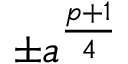
\pm a ^ { \frac { p + 1 } { 4 } }